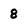
Character: 8